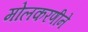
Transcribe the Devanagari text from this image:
मोलकरणीने